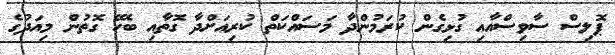
ޕޮލިސް ސާވިސްއާއި ގުޅިގެން ކުރަމުންދާ މަސައްކަތް ކުރިއަށްދާ ގޮތާއި ބެހޭ ގޮތުން މިއަދުގެ